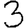
Digit: 3